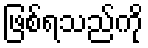
ဖြစ်ရသည်ကို